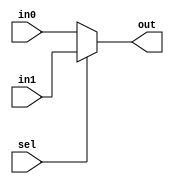
`timescale 1ns / 1ps
//////////////////////////////////////////////////////////////////////////////////
// Company: 
// Engineer: 
// 
// Design Name: 
// Module Name:    mux2to1 
// Project Name: 
// Target Devices: 
// Tool versions: 
// Description: 
//
// Dependencies: 
//
// Revision: 
// Revision 0.01 - File Created
// Additional Comments: 
//
//////////////////////////////////////////////////////////////////////////////////
module mux2to1(in0,in1,sel,out
    );
	 parameter N = 5;
	 input [N-1:0] in1,in0;
	 input sel;
	 output [N-1:0] out;
	 
	 assign out = (sel == 1'b0)? in0 : in1;


endmodule